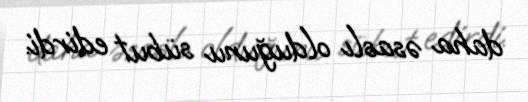
daha əsaslı olduğunu sübut edirdi.